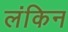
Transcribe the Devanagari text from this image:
लंकिन